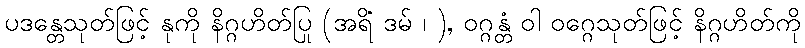
ပဒန္တေသုတ်ဖြင့် နုကို နိဂ္ဂဟိတ်ပြု (အရိံ ဒမ် ၊ ), ဝဂ္ဂန္တံ ဝါ ဝဂ္ဂေသုတ်ဖြင့် နိဂ္ဂဟိတ်ကို